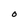
Character: O